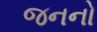
જનનો